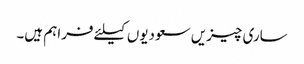
ساری چیزیں سعودیوں کیلئے فراہم ہیں۔